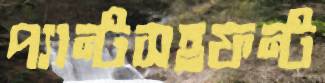
প্যান্টসহফন্ট